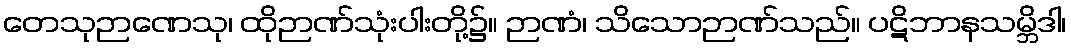
တေသုဉာဏေသု၊ ထိုဉာဏ်သုံးပါးတို့၌။ ဉာဏံ၊ သိသောဉာဏ်သည်။ ပဋိဘာနသမ္ဘိဒါ၊